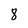
Character: 8